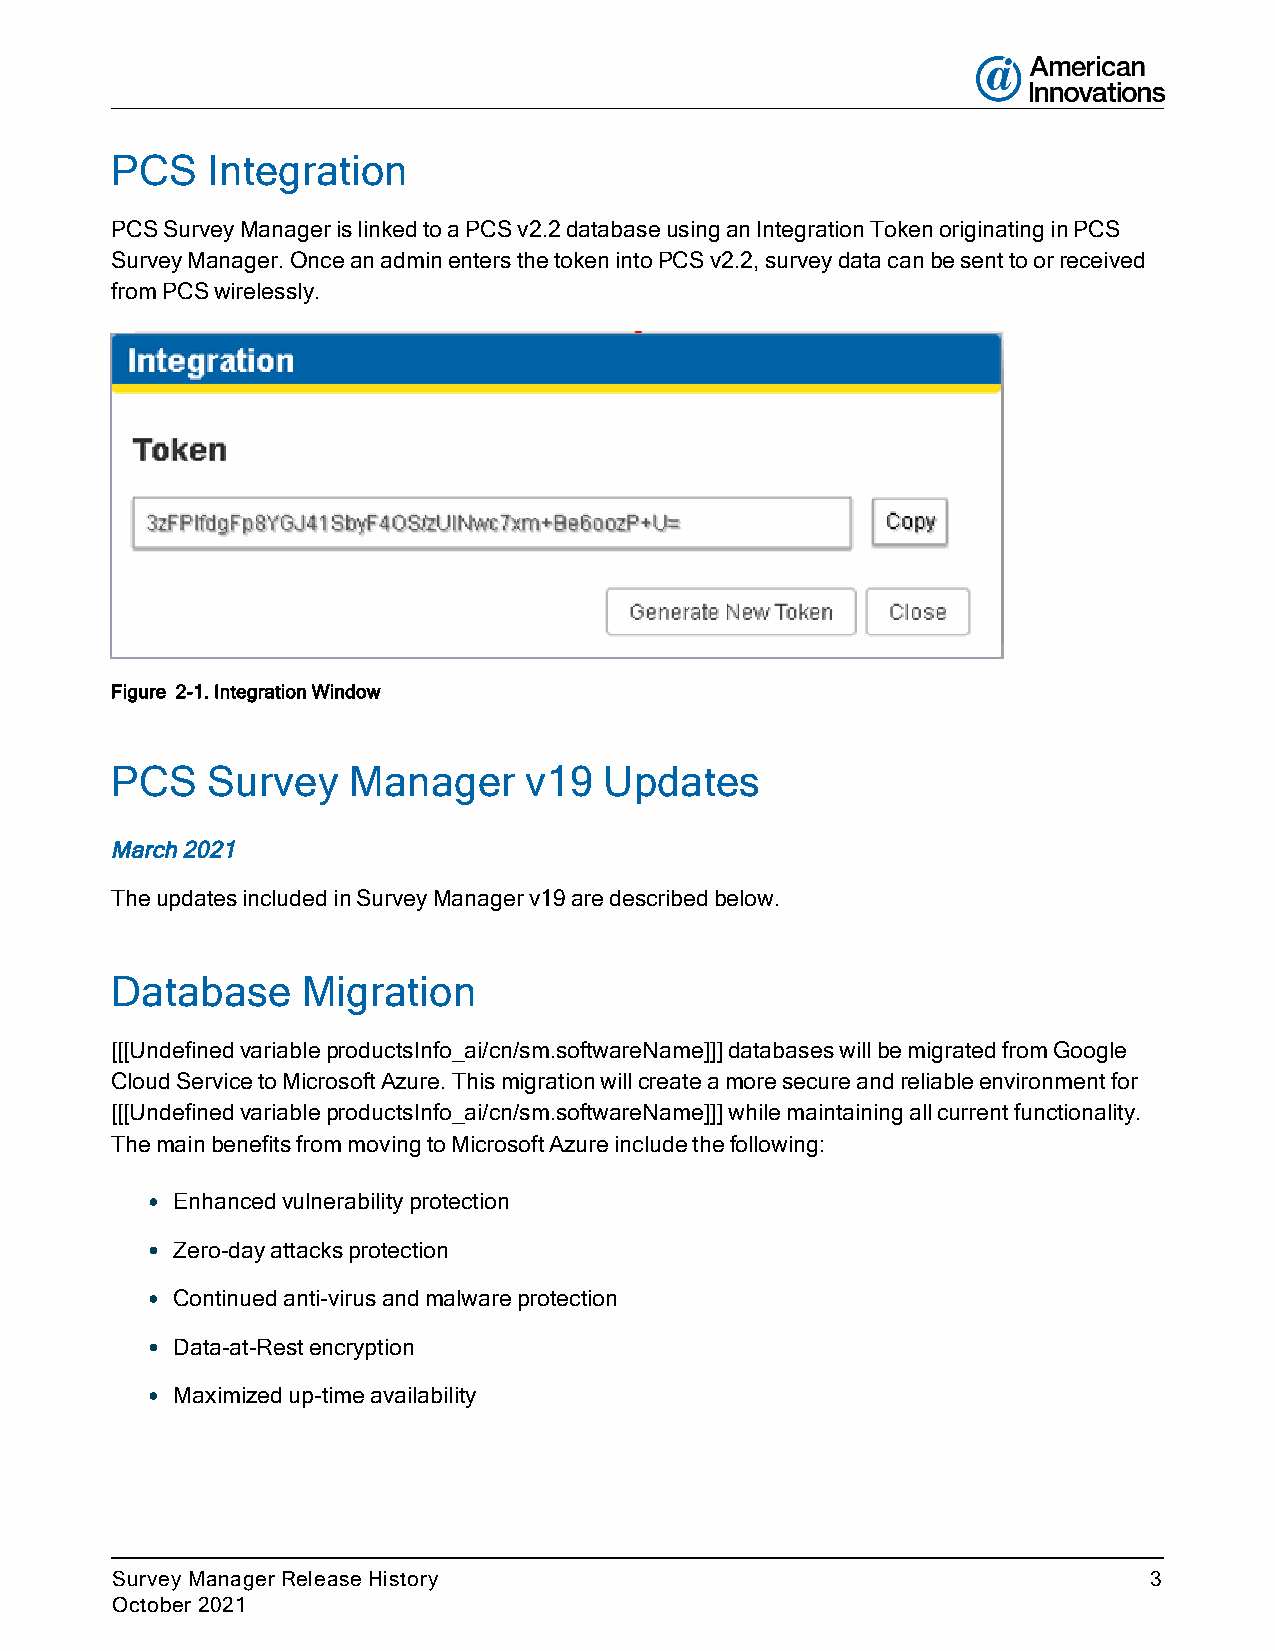
PCS    Integration
 PCS Survey Manager is linked to a PCS v2.2 database using an Integration Token originating in PCS
 Survey Manager. Once an admin enters the token into PCS v2.2, survey data can be sent to or received
 from PCS wirelessly.
 Figure 2-1. Integration Window
 PCS    Survey   Manager     v19  Updates
 March 2021
 The updates included in Survey Manager v19 are described below.
 Database     Migration
 [[[Undefined variable productsInfo_ai/cn/sm.softwareName]]] databases will be migrated from Google
 Cloud Service to Microsoft Azure. This migration will create a more secure and reliable environment for
 [[[Undefined variable productsInfo_ai/cn/sm.softwareName]]] while maintaining all current functionality.
 The main benefits from moving to Microsoft Azure include the following:
 l Enhanced vulnerability protection
 l Zero-day attacks protection
 l Continued anti-virus and malware protection
 l Data-at-Rest encryption
 l Maximized up-time availability
 Survey Manager Release History                                       3
 October 2021